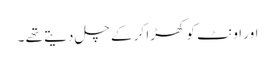
اور اونٹ کو کھڑا کر کے چل دیتے تھے ۔